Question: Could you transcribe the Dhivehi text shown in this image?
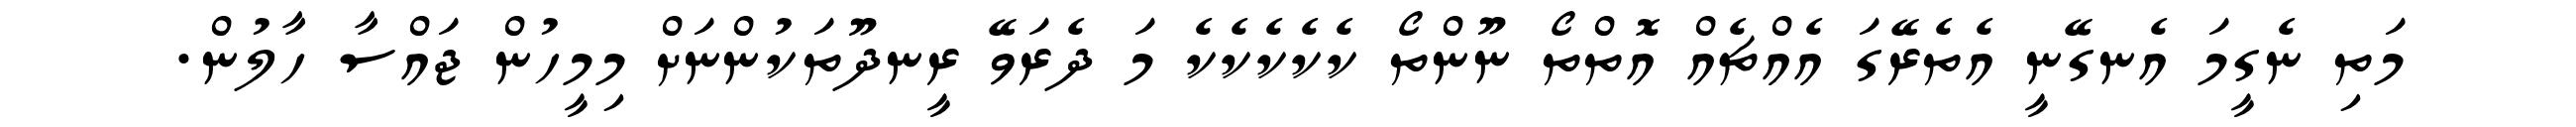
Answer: މަތި ނެގީމަ އެނގޭނީ އެތެރޭގަ އެއްޗެއް އޮތްތޯ ނޫންތޯ ކެކެކެކެކެ މަ ދެރަވޭ ރީނދޫތަކުންނަށް މިމީހުން ޖައްސާ ހާލުން.